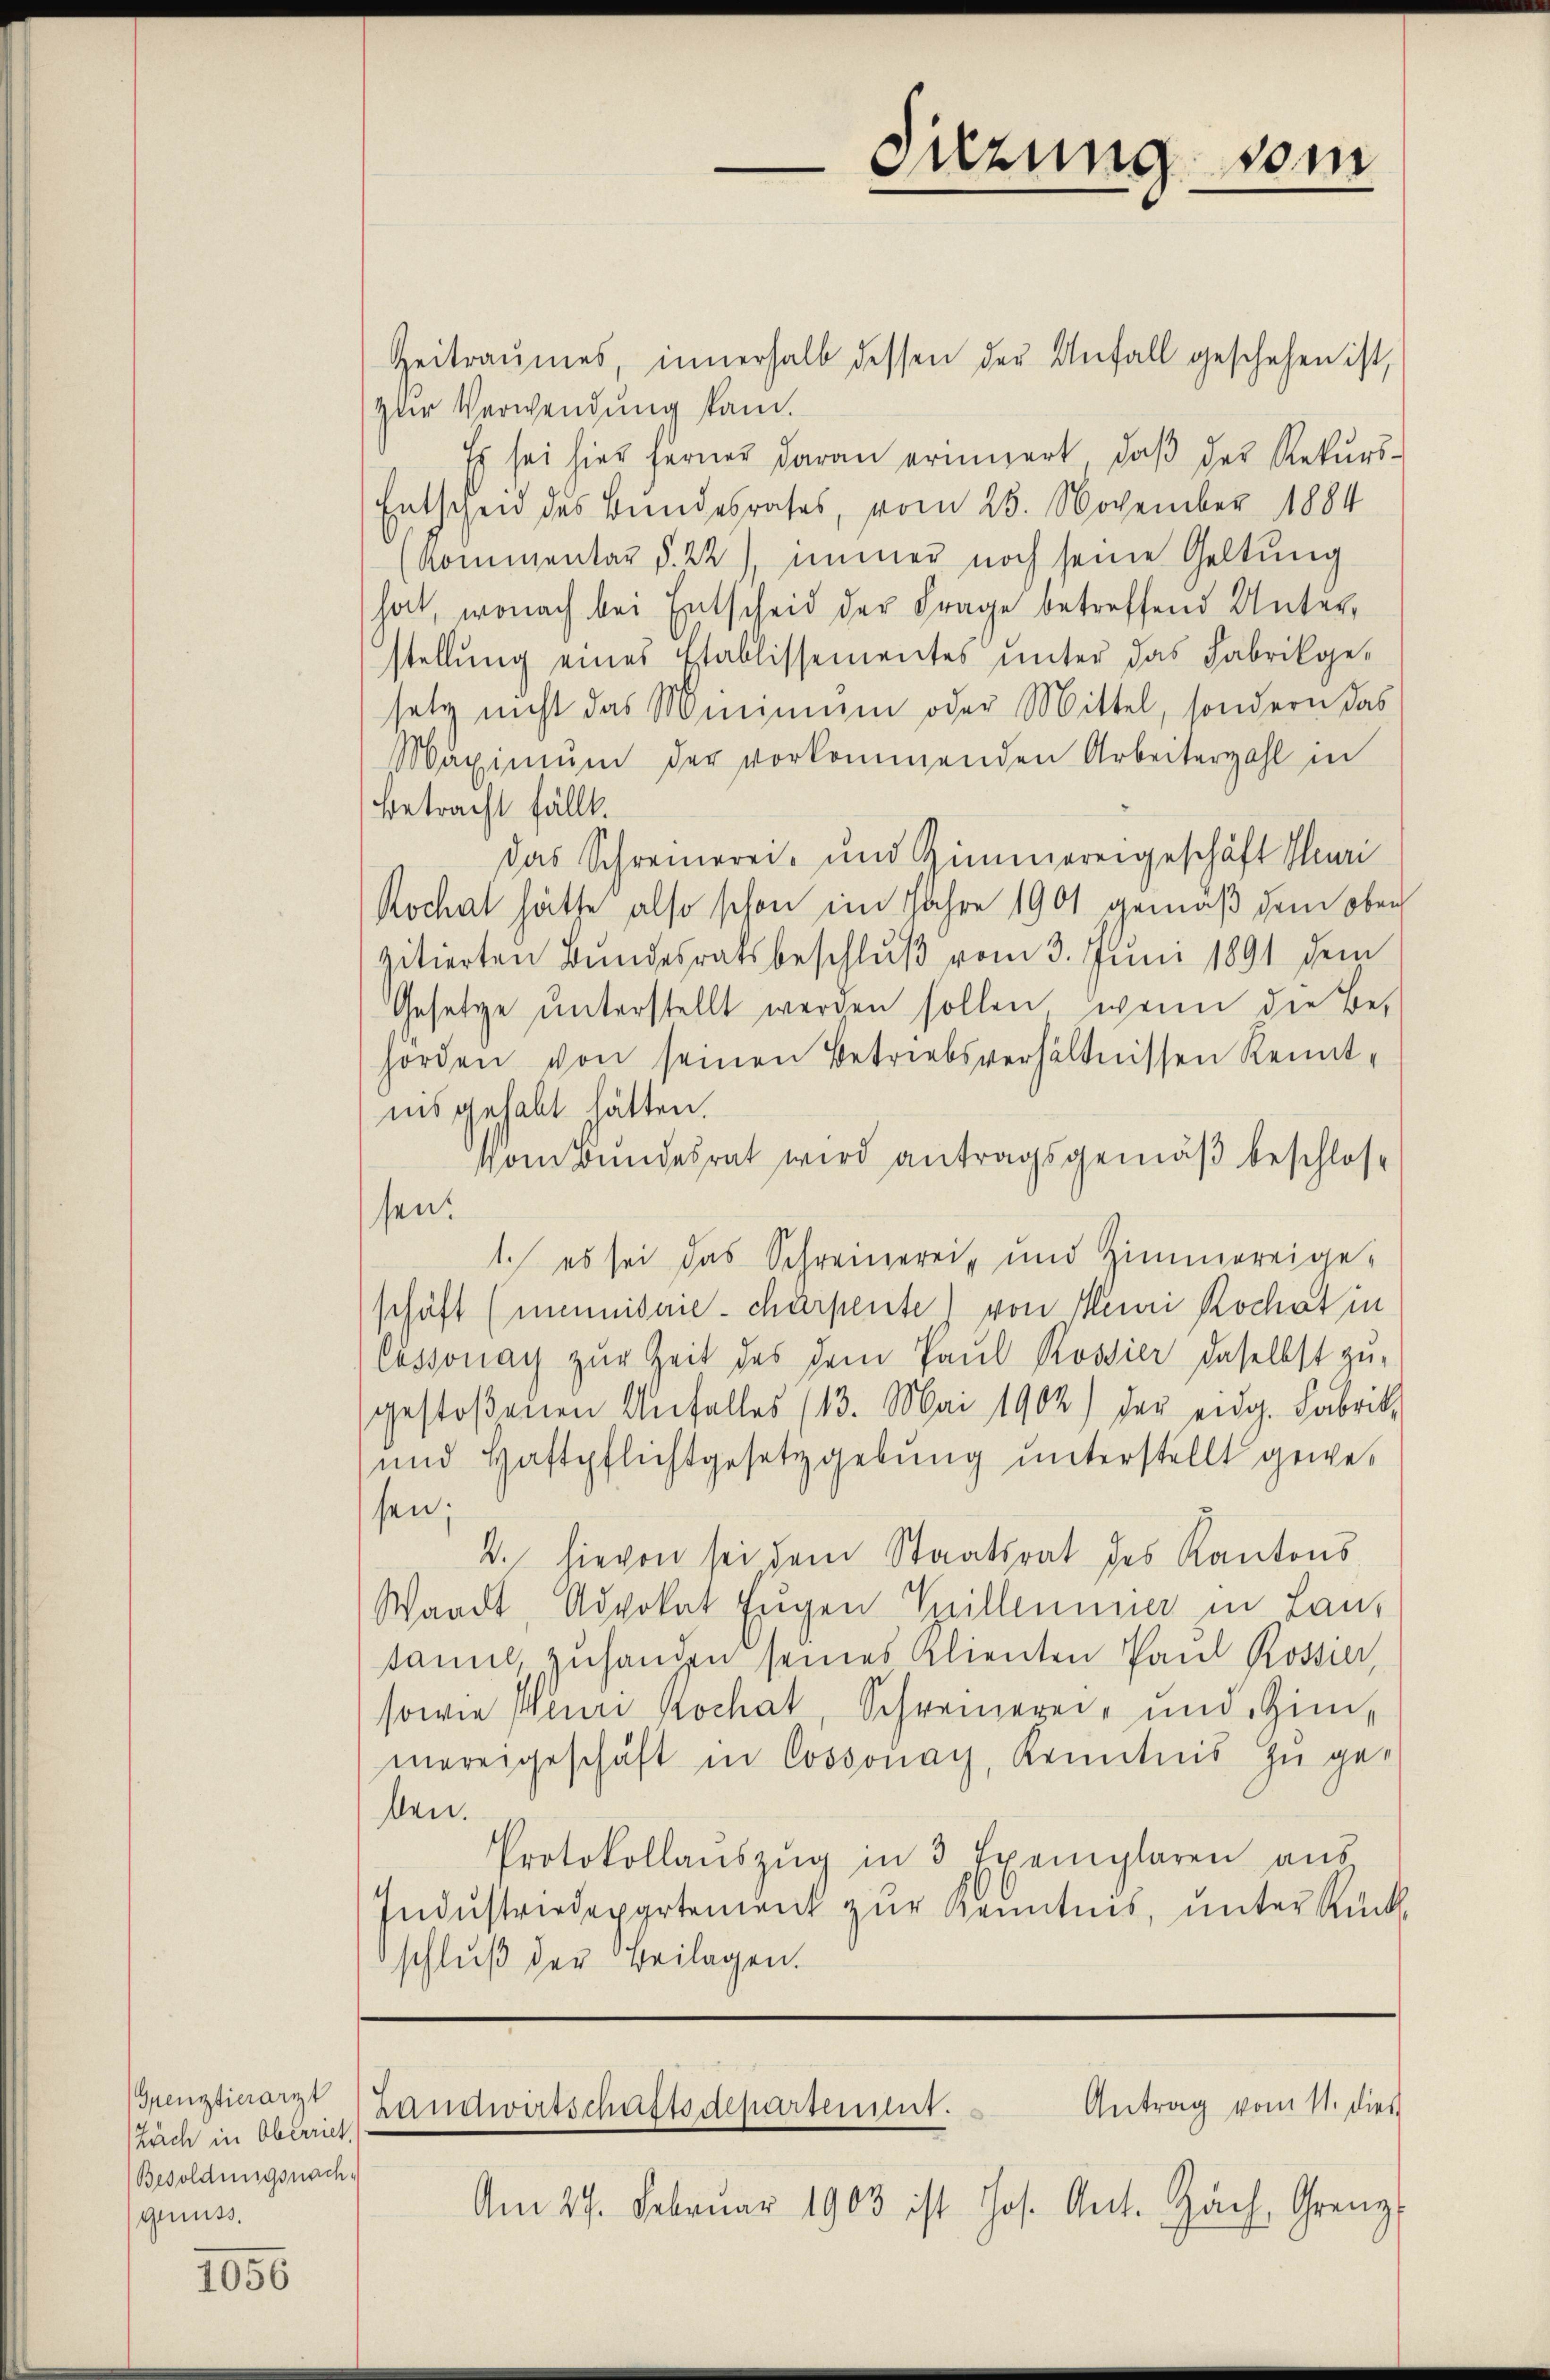
Grenztierarzt
Buch in Oberriet.
Besoldungsnach-
genuß.

1056

Zeitraumes, innerhalb dessen der Anfall geschehen ist,
zler Verwendung kam.
Es sei hier ferner daran erinnert, daβ der Rekurs-
Entschen des Bundesrates, vom 28. November 1884
Kommentar d. 22), immer noch seine Geltung
hat, wonach bei Entscheid der Frage betreffend Unterstellŭng eines Etablissementes ŭnter das Fabrikge-
setz nicht das Minimum oder Mittel, sondern das
Maximŭm der vorkommenden Arbeiterzahl in
Betracht fällt.
Das Schreinerei- und Zimmereigeschäft Mari
Rochat hätte also schon im Jahre 1901 gemäß dem oben
zitierten Bundesratsbeschlŭβ vom 3. Juni 1891 dem
Gesetze unterstellt werden sollen, wenn die Be-
horden von seinen Betriebsverhältnissen Kennt-
ins gehabt hätten.
Vom Bundesrat wird antragsgemäß beschlossen.
1. es sei das Schreinerei- und Zimmereige-
schäft (meinistrie-chärpente) von Neui Rochat in
Cossonay zur Zeit des dem Paul Rossier daselbst zu-
gestoßenen Unfalles (13. Mai 1902) der eidg. Fabrik
und Haftpflichtgesetzgebung unterstellt gewesen;
2. hievon sei dem Staatsrat des Kantons
Waadt, Advokat Eŭgen Spillemmer in Lanz
sammt, zuhanden seines Klienten Paul Rossier,
sowie Henri Kochat, Schreinerei- und Him-
mereigeschäft in Cossonay, Kenntnis zu gesen.
Protokollaŭszŭg in 3 Exemplaren aŭs
Indŭstriedepartement zŭr Kenntnis, unter Rück-
schluß der Beilagen.

Antrag vom 11. dies
Handwirtschustdepartement.
Am 27. Februar 1903 ist Jos. Ant. Gach, Grenz

Sizung vom